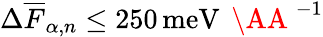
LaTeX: \Delta\overline{{F}}_{\alpha,n}\leq 250\, \mathrm{meV}\, \mathrm{~\AA~}^{-1}